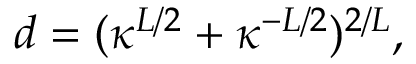
d = ( \kappa ^ { L / 2 } + \kappa ^ { - L / 2 } ) ^ { 2 / L } ,